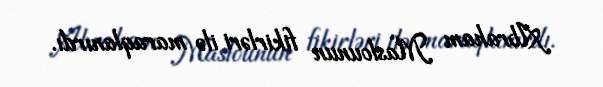
Abraham Maslounun fikirləri ilə maraqlanırdı.